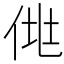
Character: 𰂆